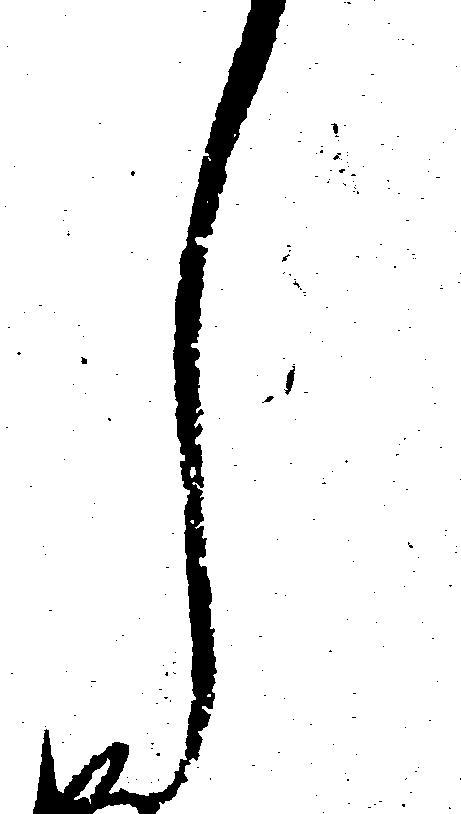
し